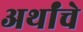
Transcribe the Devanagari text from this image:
अर्थांचे